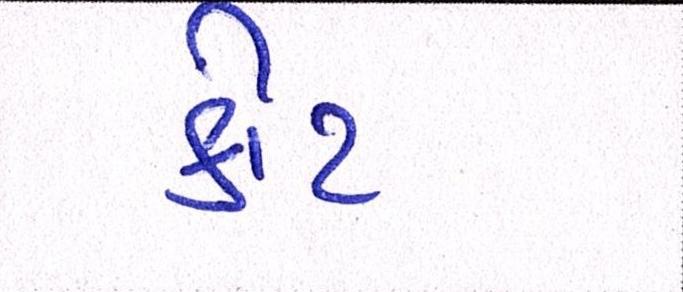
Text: કીટ